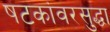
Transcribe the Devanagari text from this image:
षटकांवरसुद्धा